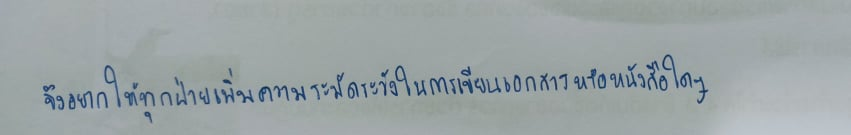
จึงอยากให้ทุกฝ่ายเพิ่มความระมัดระวังในการเขียนเอกสารหรือหนังสือใดๆ